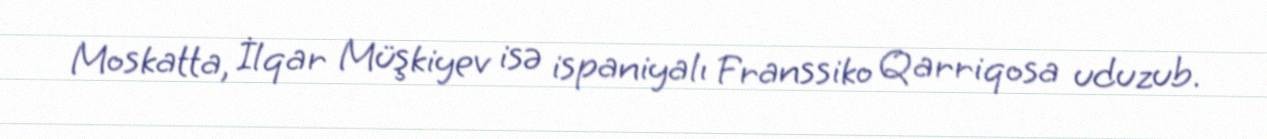
Moskatta, İlqar Müşkiyev isə ispaniyalı Franssiko Qarriqosa uduzub.